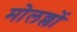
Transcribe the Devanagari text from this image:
मोलल्लों